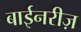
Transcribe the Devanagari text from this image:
बाईनरीज़